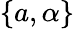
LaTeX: \{ a,\alpha\}